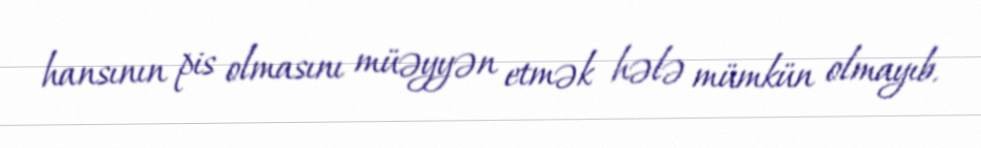
hansının pis olmasını müəyyən etmək hələ mümkün olmayıb.